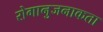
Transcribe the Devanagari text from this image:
रोगानुजनाकता